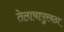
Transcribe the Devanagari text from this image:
तेलाचापुरवठा